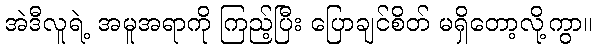
အဲဒီလူရဲ့ အမူအရာကို ကြည့်ပြီး ပြောချင်စိတ် မရှိတော့လို့ကွာ။